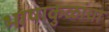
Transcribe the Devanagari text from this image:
भाषाकुळांचा